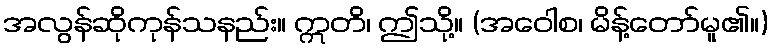
အလွန်ဆိုကုန်သနည်း။ ဣတိ၊ ဤသို့။ (အဝေါစ၊ မိန့်တော်မူ၏။)